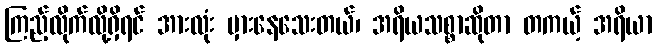
ကြည့်လိုက်လို့ရှိရင် အားလုံး မှားနေသေးတယ်၊ အရိယသစ္စာဆိုတာ တကယ့် အရိယာ